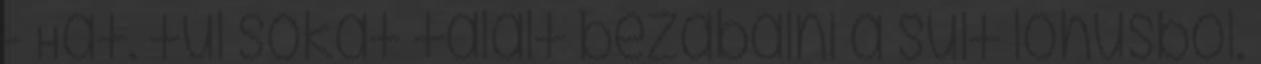
- Hát. túl sokat talált bezabálni a sült lóhúsból.